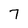
Character: 7